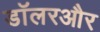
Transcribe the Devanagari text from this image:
डॉलरऔर